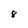
Character: 8